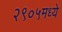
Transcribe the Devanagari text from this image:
२९०५मध्ये